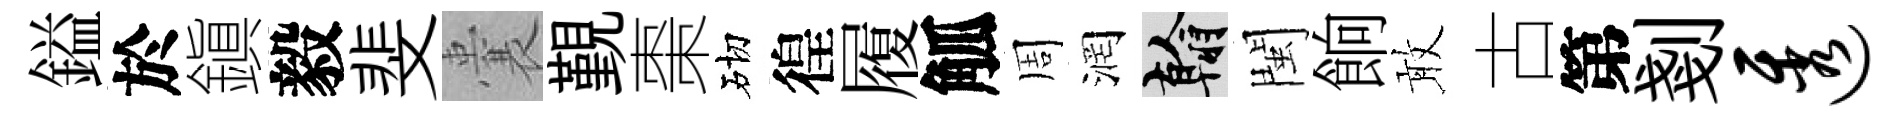
鎰於鎭毅斐囊覲棗砌徨履觚周润翰閩餉敢古第剗透